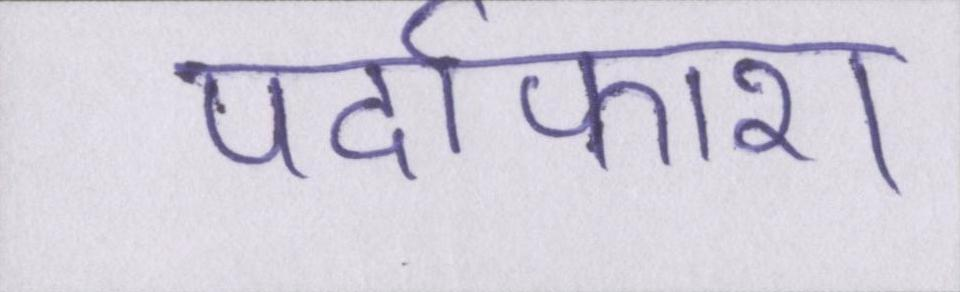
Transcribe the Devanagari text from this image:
पर्दाफाश